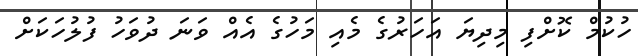
ހުކުމް ކޮށްފި މިދިޔަ އަހަރުގެ މެއި މަހުގެ އެއް ވަނަ ދުވަހު ފުލުހަކަށް